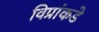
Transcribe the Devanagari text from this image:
विप्रांकडे